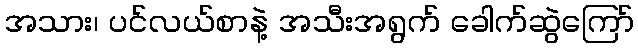
အသား၊ ပင်လယ်စာနဲ့ အသီးအရွက် ခေါက်ဆွဲကြော်